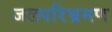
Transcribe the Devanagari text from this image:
जलपरिभ्रमण